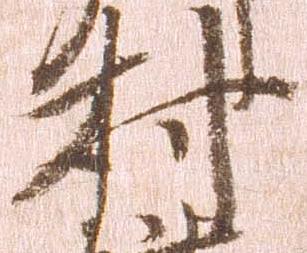
村